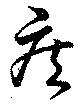
疾